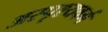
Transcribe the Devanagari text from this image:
अस्पृश्यवर्ग